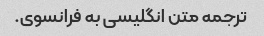
ترجمه متن انگلیسی به فرانسوی.